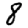
Digit: 8